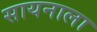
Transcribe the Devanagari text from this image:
सायनाला